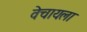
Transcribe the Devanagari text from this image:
वेचायला